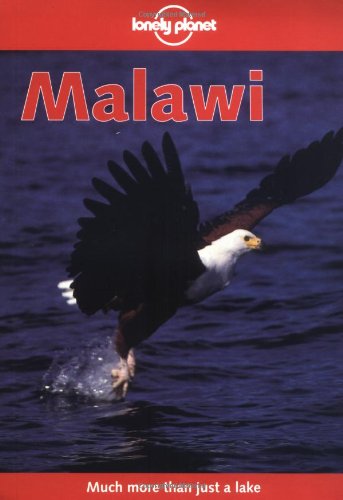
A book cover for Lonely Planet Malawi; David Else; Travel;